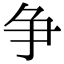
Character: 争